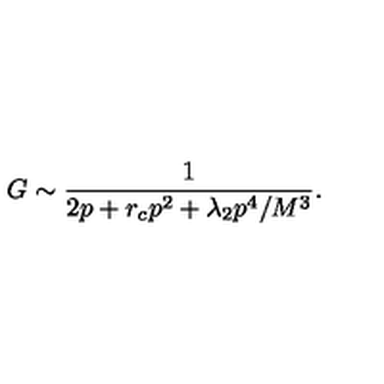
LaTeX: G \sim \frac { 1 } { 2 p + r _ { c } p ^ { 2 } + \lambda _ { 2 } p ^ { 4 } / M ^ { 3 } } .